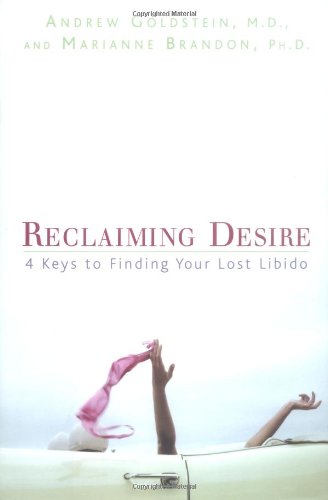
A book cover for Reclaiming Desire: 4 Keys to Finding Your Lost Libido; Andrew Goldstein; Health, Fitness & Dieting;